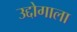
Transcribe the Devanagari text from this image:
उद्दोगाला